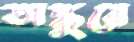
অঙ্কুরে